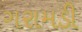
ગરામડી